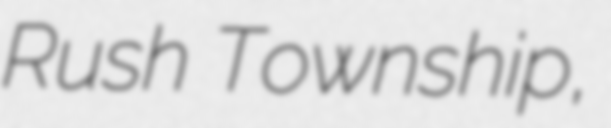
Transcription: Rush Township,